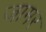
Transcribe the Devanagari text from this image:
जामर